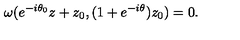
\omega ( e ^ { - i \theta _ { 0 } } z + z _ { 0 } , ( 1 + e ^ { - i \theta } ) z _ { 0 } ) = 0 .